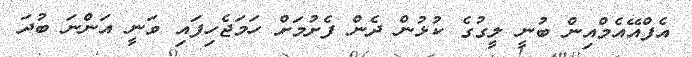
އެފްއޭއެމްއިން ބުނީ ލީގުގެ ކުޅުން ދެން ފެށުމަށް ހަމަޖެހިފައި ވަނީ އަންނަ ބުދަ